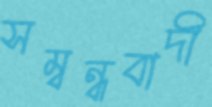
সম্বন্ধবাদী